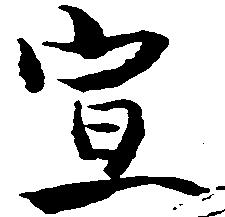
宣